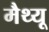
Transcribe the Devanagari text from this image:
मैथ्‍यू